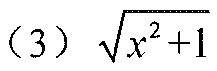
(3) \(\sqrt{x^{2}+1}\)